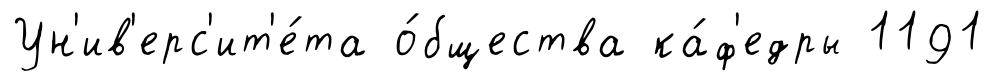
Ун'ив'ерс'ит'е́та о́бщества ка́ф'едры 1191